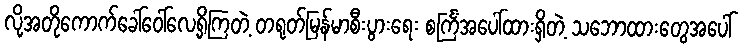
လို့အတိုကောက်ခေါ်ဝေါ်လေ့ရှိကြတဲ့ တရုတ်မြန်မာစီးပွားရေး စင်္ကြံအပေါ်ထားရှိတဲ့ သဘောထားတွေအပေါ်